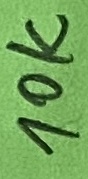
Text: 10K